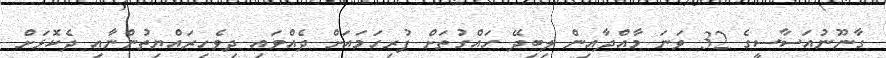
ގާނޫނުއަސާސީގެ 32 ވަނަ މާއްދާއިން ލިބިދޭ ހައްގުތަށް ފުރިހަމައަށް ދެއްވައި ދިވެހިރައްޔިތުންނާއި ދެކޮޅަށް